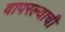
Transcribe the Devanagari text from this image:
वापरल्याची